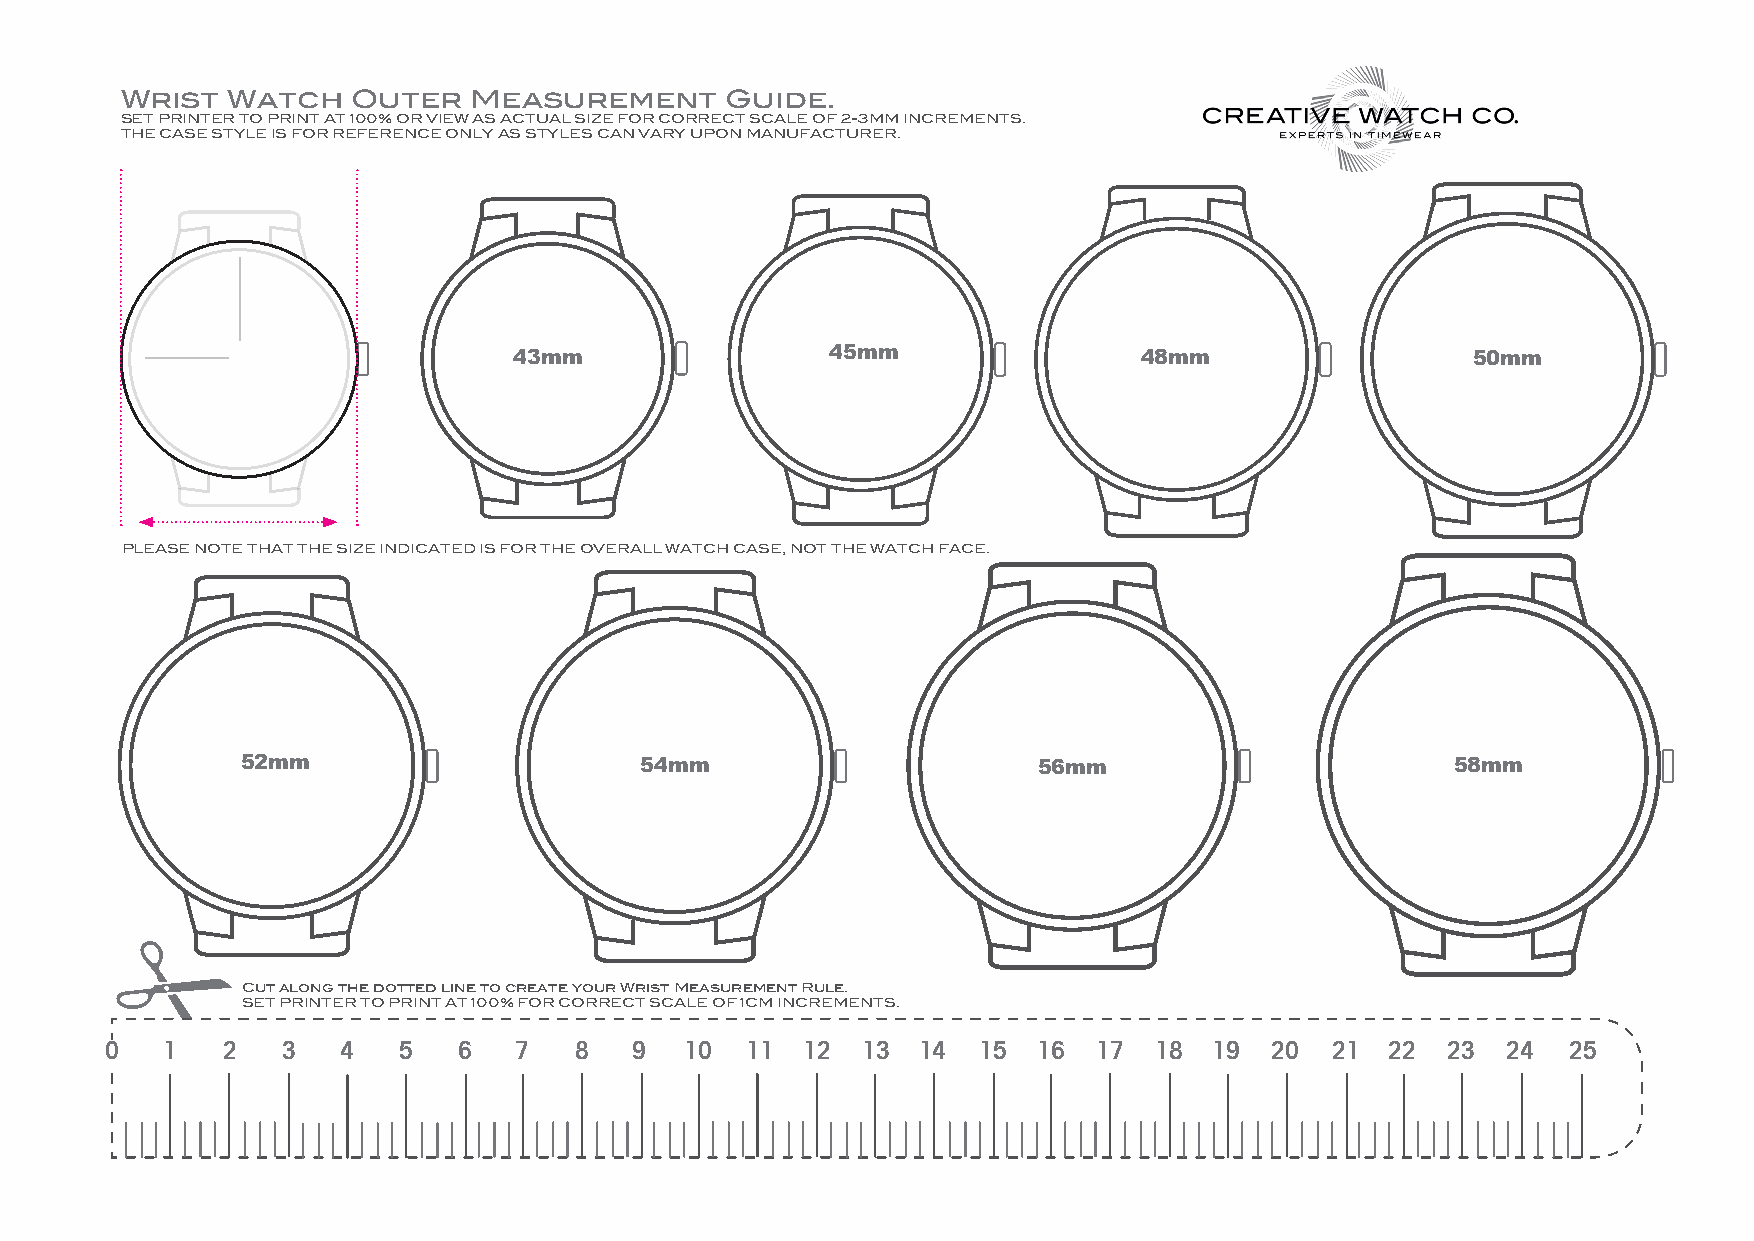
Wrist  Watch   Outer   Measurement      Guide.
 SET PRINTER TO PRINT AT 100% OR VIEW AS ACTUAL SIZE FOR CORRECT SCALE OF 2-3MM INCREMENTS.
 THE CASE STYLE IS FOR REFERENCE ONLY AS STYLES CAN VARY UPON MANUFACTURER.
 43mm                 45mm                 48mm                 50mm
 PLEASE NOTE THAT THE SIZE INDICATED IS FOR THE OVERALL WATCH CASE, NOT THE WATCH FACE.
 52mm                      54mm                       56mm                       58mm
 
 Cut along the dotted line to create your Wrist Measurement Rule.
 SET PRINTER TO PRINT AT 100% FOR CORRECT SCALE OF 1CM INCREMENTS.
 0   1   2   3  4   5   6   7   8   9  10  11  12  13  14  15  16  17 18  19  20  21  22  23  24  25